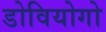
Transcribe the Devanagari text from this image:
डोवियोगो